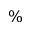
\%